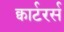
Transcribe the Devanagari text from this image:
क्वार्टरर्स